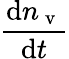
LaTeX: \frac{\mathrm{d}n_{\mathrm{~v~}}}{\mathrm{d}t}